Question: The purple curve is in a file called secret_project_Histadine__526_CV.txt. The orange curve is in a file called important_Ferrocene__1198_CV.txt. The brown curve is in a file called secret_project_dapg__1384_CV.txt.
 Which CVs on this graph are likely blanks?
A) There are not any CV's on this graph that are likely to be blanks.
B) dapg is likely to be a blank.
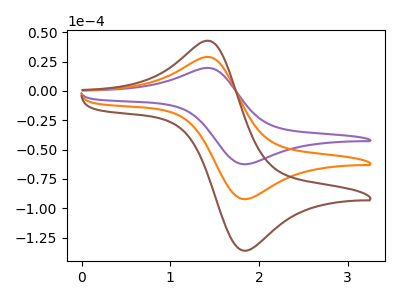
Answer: <think>The purple curve "Histadine" has an anodic peak at (1.45V, 19.45uA) and a cathodic peak at (1.85V, -62.50uA). The orange curve "Ferrocene" has an anodic peak at (1.45V, 28.75uA) and a cathodic peak at (1.85V, -92.30uA). The brown curve "dapg" has an anodic peak at (1.45V, 57.50uA) and a cathodic peak at (1.85V, -184.60uA).</think>
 <answer>A) There are not any CV's on this graph that are likely to be blanks.</answer>
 <eval>A</eval>